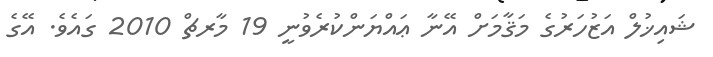
ޝައިޚުލް އަޒުހަރުގެ މަޤާމަށް އޭނާ ޢައްޔަންކުރެވުނީ 19 މާރޗް 2010 ގައެވެ. އޭގެ